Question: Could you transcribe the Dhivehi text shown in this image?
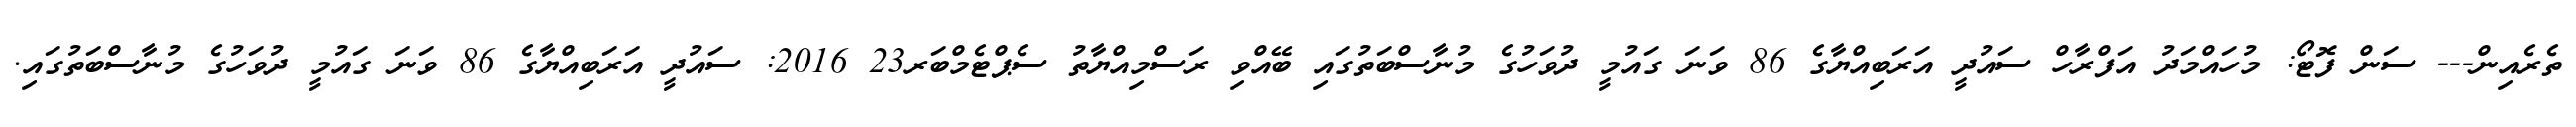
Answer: ތެރެއިން--- ސަން ފޮޓޯ: މުހައްމަދު އަފްރާހް ސައުދީ އަރަބިއްޔާގެ 86 ވަނަ ގައުމީ ދުވަހުގެ މުނާސްބަތުގައި ބޭއްވި ރަސްމިއްޔާތު ސެޕްޓެމްބަރ23 2016: ސައުދީ އަރަބިއްޔާގެ 86 ވަނަ ގައުމީ ދުވަހުގެ މުނާސްބަތުގައި.